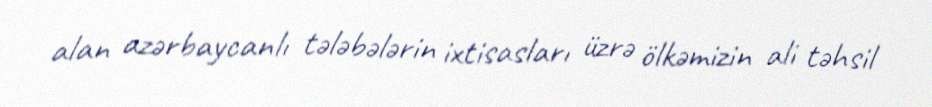
alan azərbaycanlı tələbələrin ixtisasları üzrə ölkəmizin ali təhsil